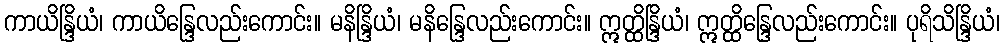
ကာယိန္ဒြိယံ၊ ကာယိန္ဒြေလည်းကောင်း။ မနိန္ဒြိယံ၊ မနိန္ဒြေလည်းကောင်း။ ဣတ္ထိန္ဒြိယံ၊ ဣတ္ထိန္ဒြေလည်းကောင်း။ ပုရိသိန္ဒြိယံ၊